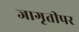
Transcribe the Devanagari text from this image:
जागृतीपर